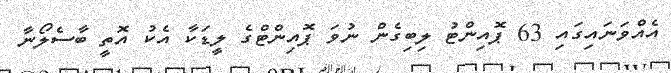
އެއްވަނައިގައި 63 ޕޮއިންޓު ލިބިގެން ނުވަ ޕޮއިންޓްގެ ލީޑަކާ އެކު އޮތީ ބާސެލޯނާ